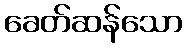
ခေတ်ဆန်သော